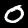
Digit: 0